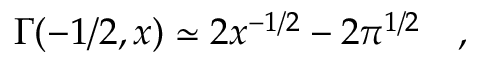
\Gamma ( - 1 / 2 , x ) \simeq 2 x ^ { - 1 / 2 } - 2 \pi ^ { 1 / 2 } ~ ~ ~ ,